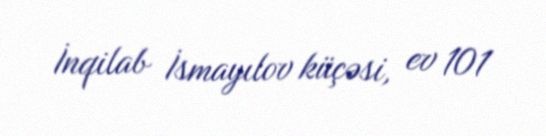
İnqilab İsmayılov küçəsi, ev 101